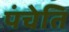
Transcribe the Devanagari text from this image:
पंचेति